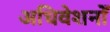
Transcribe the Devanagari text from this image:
अधिवेशनोँ